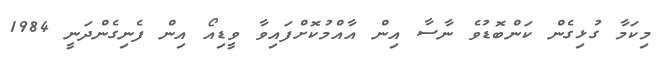
މިކަމާ ގުޅިގެން ކަންބޮޑުވެ ނާސާ އިން އާއްމުކޮށްފައިވާ ވީޑިއޯ އިން ފެނިގެންދަނީ 1984